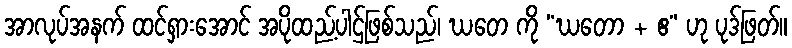
အာလုပ်အနက် ထင်ရှားအောင် အပိုထည့်ပါဌ်ဖြစ်သည်၊ ဃတေ ကို “ဃတော + ဧ” ဟု ပုဒ်ဖြတ်။